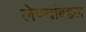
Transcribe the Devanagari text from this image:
लेण्यांबद्दल